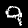
Label: 9